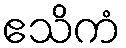
ဧသိကံ